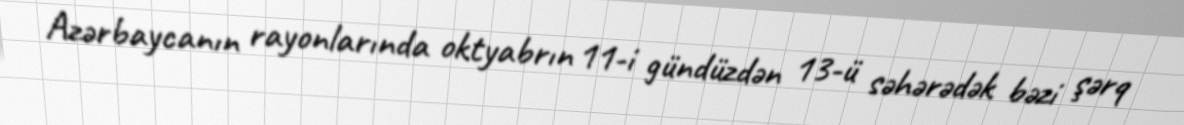
Azərbaycanın rayonlarında oktyabrın 11-i gündüzdən 13-ü səhərədək bəzi şərq